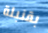
بقنبلة